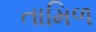
તામિળ